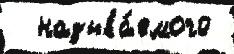
  называ́емого